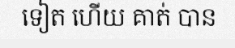
ទៀត ហើយ គាត់ បាន